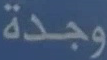
وجدة